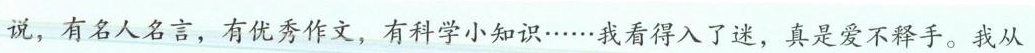
说，有名人名言，有优秀作文，有科学小知识……我看得入了迷，真是爱不释手。我从